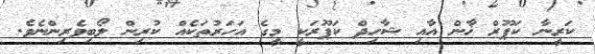
ކަރީނާ ކަޕޫރް ޚާން އާއި ޝާހިދް ކަޕޫރަކީ މީގެ އަހަރުތަކެއް ކުރިން ލޯބިވެރިންނެވެ.